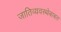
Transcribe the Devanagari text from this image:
जातिव्यवस्थेबाबत